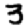
Digit: 3